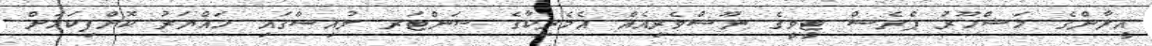
އީރާންގެ މަޝްހޫރު ޕްރެސް ޓީވީގެ ނޫސްވެރިއެއް އެމެރިކާގެ ސަންޓަރ ލުއިސްގައި ހައްޔަރު ކޮށްފިކަމަށް